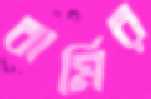
বার্মির